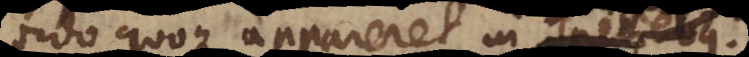
ordo quoque appareret in speciebus.